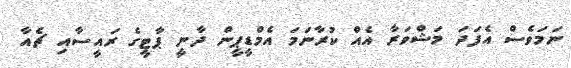
ނަމަވެސް އެފަދަ މަޝްވަރާ އެއް ކުރާނަމަ އެމްޑީޕީން ދާނީ ޕާޓީގެ ރައީސާއި ޗެއާ